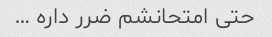
حتی امتحانشم ضرر داره …